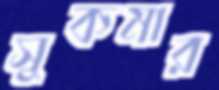
সুকমার